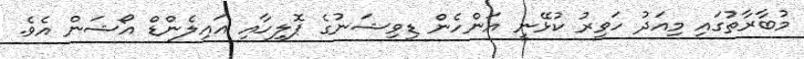
މުބާރާތުގައި މިއަދު ހަވީރު ކުޅޭނީ އަންހެން ޑިވިޝަނުގެ ޕޮލިހާއި އައިލެންޑް އޯޝަން އެވެ.